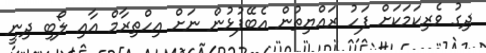
ދިގު ވެރިކަމަކަށް ފަހު ރައްޔިތުން އެބޭފުޅުން ނަށް އިހްތިރާމް އާއި ލޯބި ދިނީ